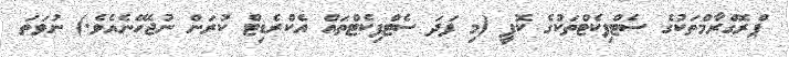
ޕްރޮގްރާމްތަކުގެ ސެޓްފިކެޓްތަކުގެ ކޮޕީ (މި ފަދަ ސެޓްފިކެޓްތައް އެކްރެޑިޓް ކުރަން ނުޖެހޭނެއެވެ.) ނުވަތަ